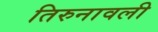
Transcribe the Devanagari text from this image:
तिरुनावली